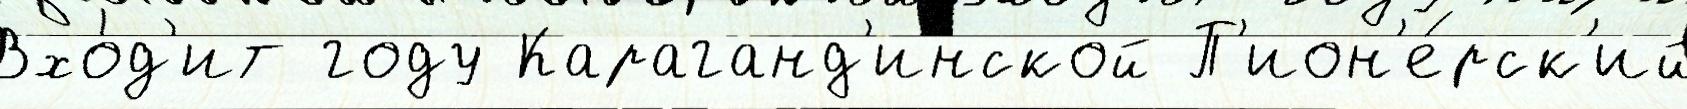
Вхо́д'ит году Караганд'инской П'ион'е́рск'ий